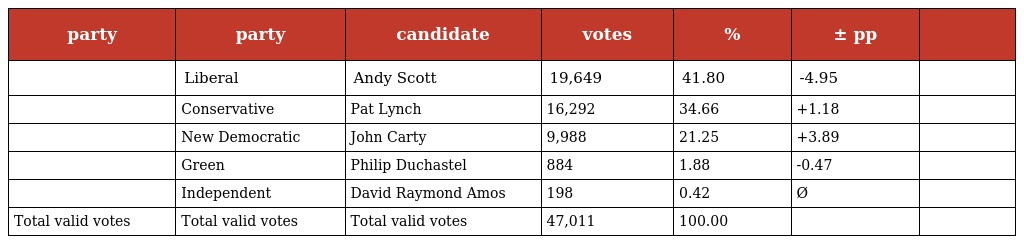
| party | party | candidate | votes | % | ± pp |  |
 | --- | --- | --- | --- | --- | --- | --- |
 |  | Liberal | Andy Scott | 19,649 | 41.80 | -4.95 |  |
 |  | Conservative | Pat Lynch | 16,292 | 34.66 | +1.18 |  |
 |  | New Democratic | John Carty | 9,988 | 21.25 | +3.89 |  |
 |  | Green | Philip Duchastel | 884 | 1.88 | -0.47 |  |
 |  | Independent | David Raymond Amos | 198 | 0.42 | Ø |  |
 | Total valid votes | Total valid votes | Total valid votes | 47,011 | 100.00 |  |  |